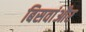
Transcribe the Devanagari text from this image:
बिसवांऔर